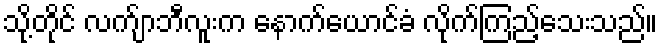
သို့တိုင် လက်ျာဘီလူးက နောက်ယောင်ခံ လိုက်ကြည့်သေးသည်။